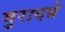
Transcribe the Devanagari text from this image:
मुरादबे